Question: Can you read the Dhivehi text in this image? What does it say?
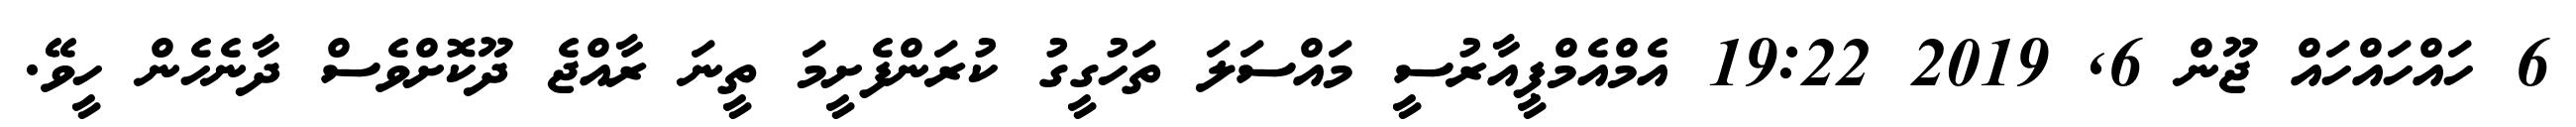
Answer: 6 ހައްހައްހައް ޖޫން 6, 2019 19:22 އެމްއެމްޕީއާރުސީ މައްސަލަ ތަހުގީގު ކުރަންފެށީމަ ތީނަ ރާއްޖެ ދޫކޮށްވެސް ދާނެހެން ހީވޭ.